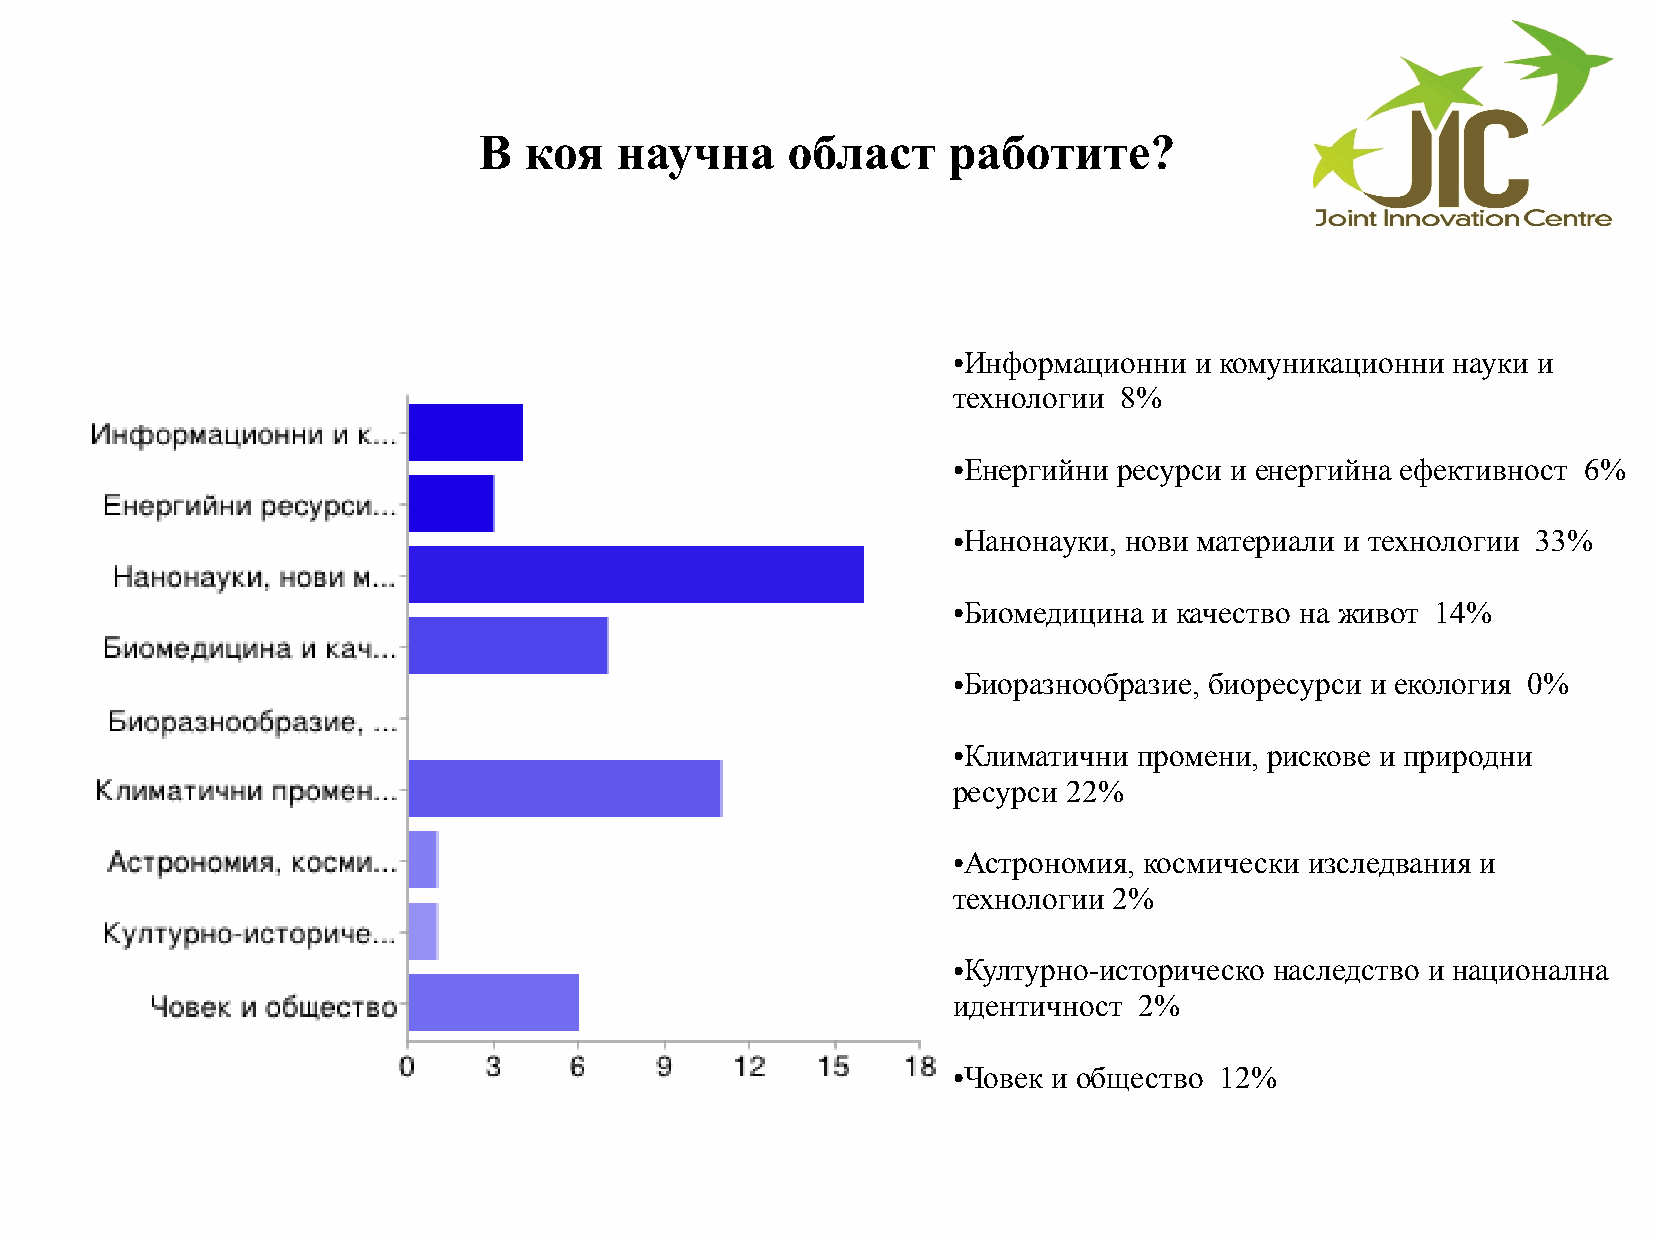
В  коя   научна     област     работите?
 Информационни  и комуникационни науки и
 ●
 технологии 8%
 Енергийни ресурси и енергийна ефективност 6%
 ●
 Нанонауки, нови материали и технологии 33%
 ●
 Биомедицина и качество на живот 14%
 ●
 Биоразнообразие, биоресурси и екология 0%
 ●
 Климатични промени, рискове и природни
 ●
 ресурси 22%
 Астрономия, космически изследвания и
 ●
 технологии 2%
 Културно-историческо наследство и национална
 ●
 идентичност 2%
 Човек и общество 12%
 ●